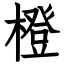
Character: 橙